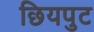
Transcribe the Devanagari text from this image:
छियपुट